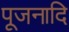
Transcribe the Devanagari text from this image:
पूजनादि